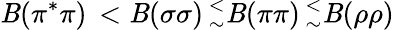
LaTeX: \mathit{B}(\pi^{\ast}\pi)\, <\mathit{B}(\sigma\sigma)\, _{\sim}^{<}\mathit{B}(\pi\pi)\, _{\sim}^{<}\mathit{B}(\rho\rho)